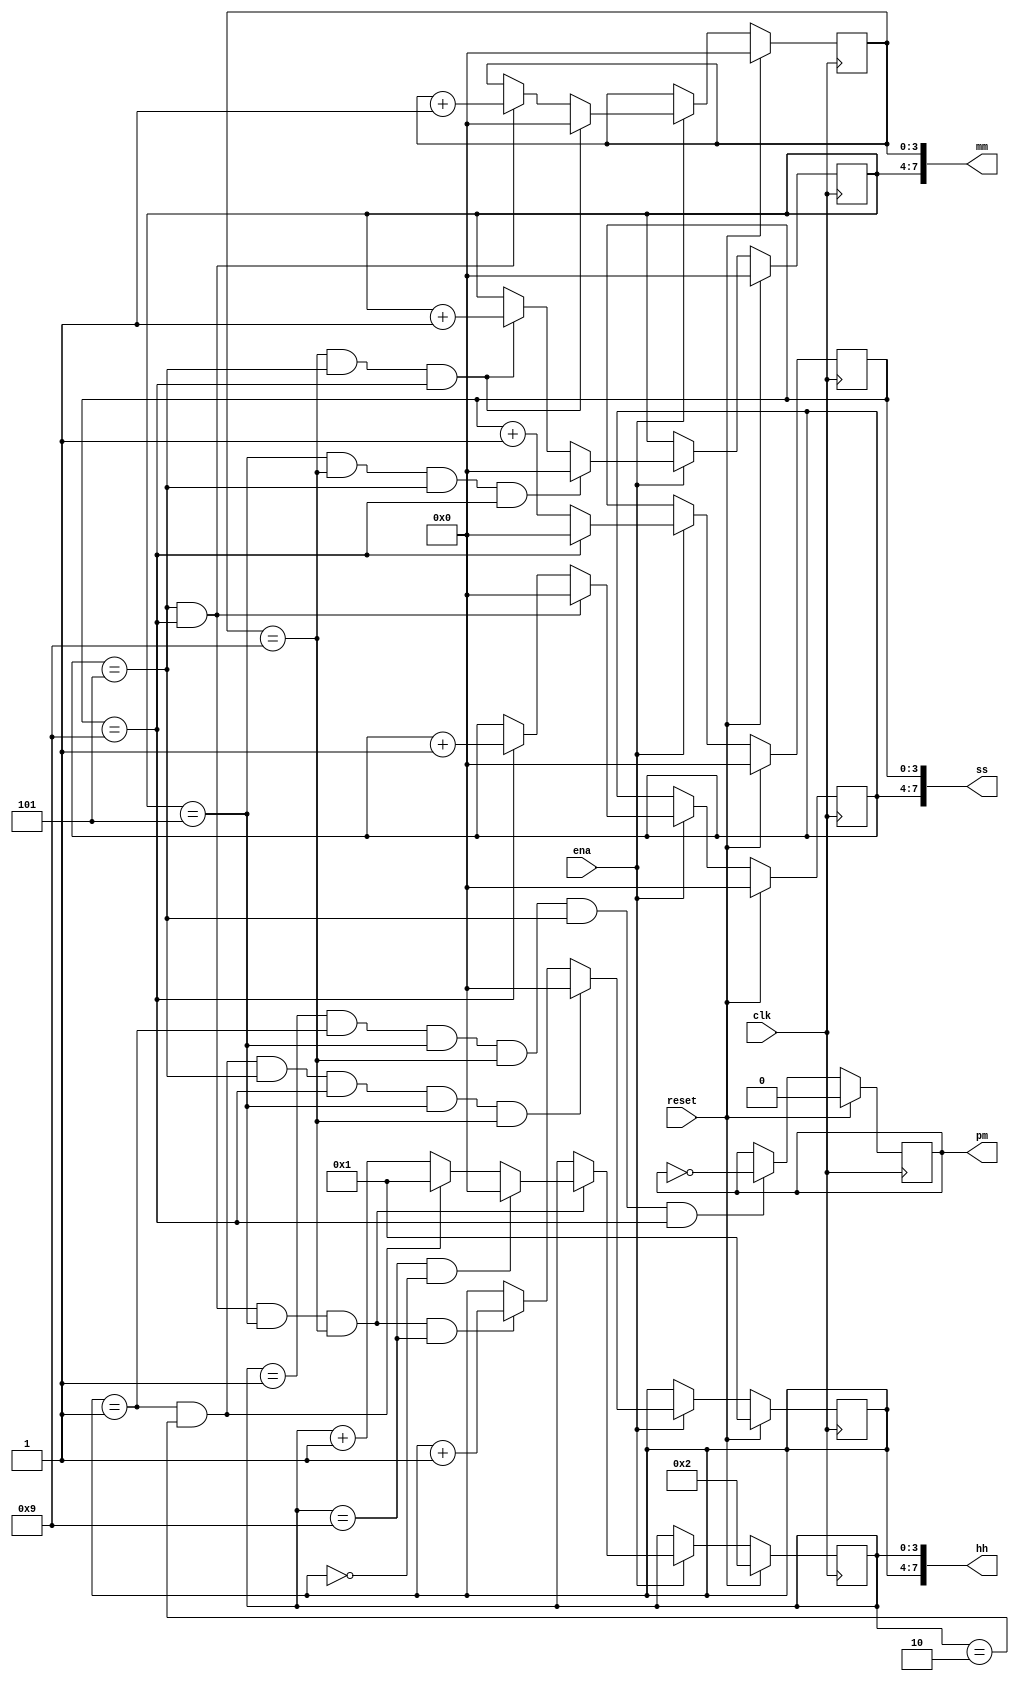
module top_module(
    input clk,
    input reset,
    input ena,
    output pm,
    output [7:0] hh,
    output [7:0] mm,
    output [7:0] ss
);

    // Declare registers for each BCD digit
    reg [3:0] sec0, sec1;
    reg [3:0] min0, min1;
    reg [3:0] hour0, hour1;

    // AM/PM indicator logic
    always @(posedge clk)
    begin
        if (reset)
            pm <= 0;
        else if ((hour0 == 4'd1) && (hour1 == 4'd1) && (min1 == 4'd5) && (min0 == 4'd9) && (sec1 == 4'd5) && (sec0 == 4'd9))
            pm <= ~pm;
    end

    // Seconds unit place counter
    always @(posedge clk)
    begin
        if (reset)
            sec0 <= 0;
        else if (ena)
        begin
            if (sec0 == 4'd9)
                sec0 <= 4'd0;
            else
                sec0 <= sec0 + 1;
        end
    end

    // Seconds tens place counter
    always @(posedge clk)
    begin
        if (reset)
            sec1 <= 0;
        else if (ena)
        begin
            if ((sec1 == 4'd5) && (sec0 == 4'd9))
                sec1 <= 4'd0;
            else if (sec0 == 4'd9)
                sec1 <= sec1 + 1;
        end
    end

    // Minutes unit place counter
    always @(posedge clk)
    begin
        if (reset)
            min0 <= 0;
        else if (ena)
        begin
            if ((min0 == 4'd9) && (sec1 == 4'd5) && (sec0 == 4'd9))
                min0 <= 4'b0;
            else if ((sec1 == 4'd5) && (sec0 == 4'd9))
                min0 <= min0 + 1;
        end
    end

    // Minutes tens place counter
    always @(posedge clk)
    begin
        if (reset)
            min1 <= 0;
        else if (ena)
        begin
            if ((min1 == 4'd5) && (min0 == 4'd9) && (sec1 == 4'd5) && (sec0 == 4'd9))
                min1 <= 4'd0;
            else if ((min0 == 4'd9) && (sec1 == 4'd5) && (sec0 == 4'd9))
                min1 <= min1 + 1;
        end
    end

    // Hours unit place counter
    always @(posedge clk)
    begin
        if (reset)
            hour0 <= 4'd2;
        else if (ena)
        begin
            if ((sec1 == 4'd5) && (sec0 == 4'd9) && (min1 == 4'd5) && (min0 == 4'd9))
            begin
                if ((hour0 == 4'd9) && (hour1 == 4'd0))
                    hour0 <= 4'd0;
                else if ((hour0 == 4'd2) && (hour1 == 4'd1))
                    hour0 <= 4'd1;
                else
                    hour0 <= hour0 + 1;
            end
        end
    end

    // Hours tens place counter
    always @(posedge clk)
    begin
        if (reset)
            hour1 <= 4'd1;
        else if (ena)
        begin
            if ((hour1 == 4'd1) && (hour0 == 4'd2) && (sec1 == 4'd5) && (sec0 == 4'd9) && (min1 == 4'd5) && (min0 == 4'd9))
                hour1 <= 4'd0;
            else if ((sec1 == 4'd5) && (sec0 == 4'd9) && (min1 == 4'd5) && (min0 == 4'd9) && (hour0 == 4'd9))
                hour1 <= hour1 + 1;
        end
    end

    // Assign outputs
    assign ss = {sec1, sec0};
    assign mm = {min1, min0};
    assign hh = {hour1, hour0};

endmodule